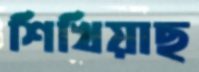
শিখিয়াছ